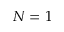
N = 1